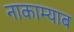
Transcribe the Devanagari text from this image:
नाकाम्याब